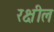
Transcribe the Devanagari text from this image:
रक्षील